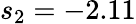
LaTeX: s_{2}=-2.11